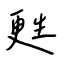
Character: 甦